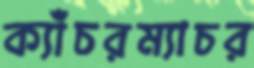
ক্যাঁচরম্যাচর